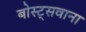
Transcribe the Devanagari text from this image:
बोस्ट्सवाना